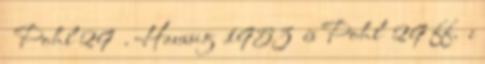
Pohl 29 . Haussig 1953 és Pohl 29 ff. e